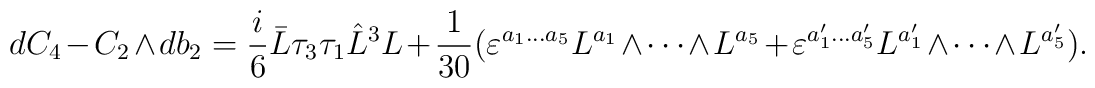
dC_4-C_2\wedge db_2=\frac{i}{6}\bar{L} \tau_3\tau_1 \hat{L}^3 L +\frac{1}{30}(\varepsilon^{a_1...a_5}L^{a_1}\wedge \cdots \wedge L^{a_5}+\varepsilon^{a'_1 ...a'_5}L^{a'_1}\wedge \cdots \wedge L^{a'_5}).